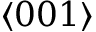
\langle 0 0 1 \rangle